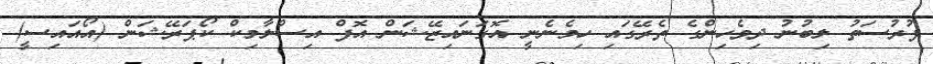
ފުރުސަތު ލިބުނު ދިވެހިންގެ ތެރޭގައި ހިމެނެނީ އޮގަނައިޒޭޝަން އޮފް އިސްލާމިކް ކޯޕަރޭޝަން (އޯއައިސީ)